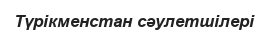
Түрікменстан сәулетшілері